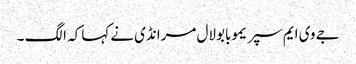
جے وی ایم سپریموبابولال مرانڈی نےکہا کہ الگ ۔